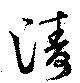
濤